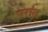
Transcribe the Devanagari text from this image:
परांत